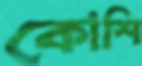
কোশি